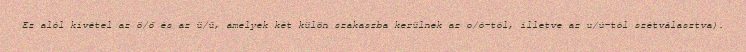
Ez alól kivétel az ö/ő és az ü/ű, amelyek két külön szakaszba kerülnek az o/ó-tól, illetve az u/ú-tól szétválasztva).